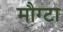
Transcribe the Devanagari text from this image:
मौग्टा